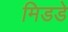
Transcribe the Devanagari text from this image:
मिडडे